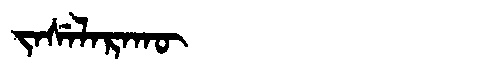
Manchu: ᠵᠠᠰᡝᠯᠠᡵᠠᡴᡡ
Romanization: JASELARAKŪ